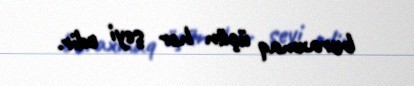
buraxmaq üçün hər şeyi edir.